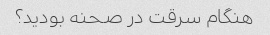
هنگام سرقت در صحنه بودید؟